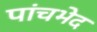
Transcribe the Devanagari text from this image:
पांचभेद